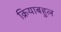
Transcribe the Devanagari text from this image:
क्रियाबहुल